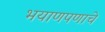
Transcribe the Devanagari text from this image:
भयाणपणाचे